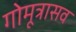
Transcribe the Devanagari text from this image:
गोमूत्रासव